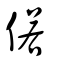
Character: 偌